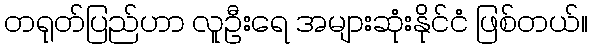
တရုတ်ပြည်ဟာ လူဦးရေ အများဆုံးနိုင်ငံ ဖြစ်တယ်။